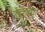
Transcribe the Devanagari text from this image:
तोंडावळा